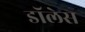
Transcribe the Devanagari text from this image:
डॉलेस